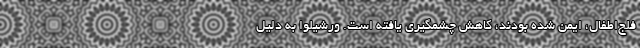
فلج‌اطفال، ایمن شده بودند، کاهشِ چشمگیری یافته است. ورشیلوا به دلیلِ